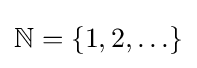
\mathbb {N} =\{1,2,\ldots \}